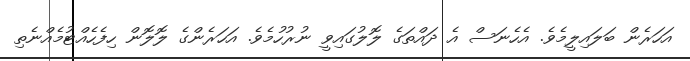
އަހަރެން ބަލައިލީމެވެ. އެހެނަސް އެ ދައްތަގެ ލޮލުގައިވީ ނުރުހުމެވެ. އަހަރެންގެ ލޮލޮން ހިފެހެއްޓުމެއްނެތި